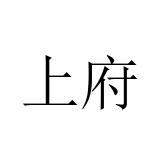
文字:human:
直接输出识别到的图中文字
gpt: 上府